Vaccination returns of the Province of Eastern Bengal and Assam - 1905-1912
Year: 1905
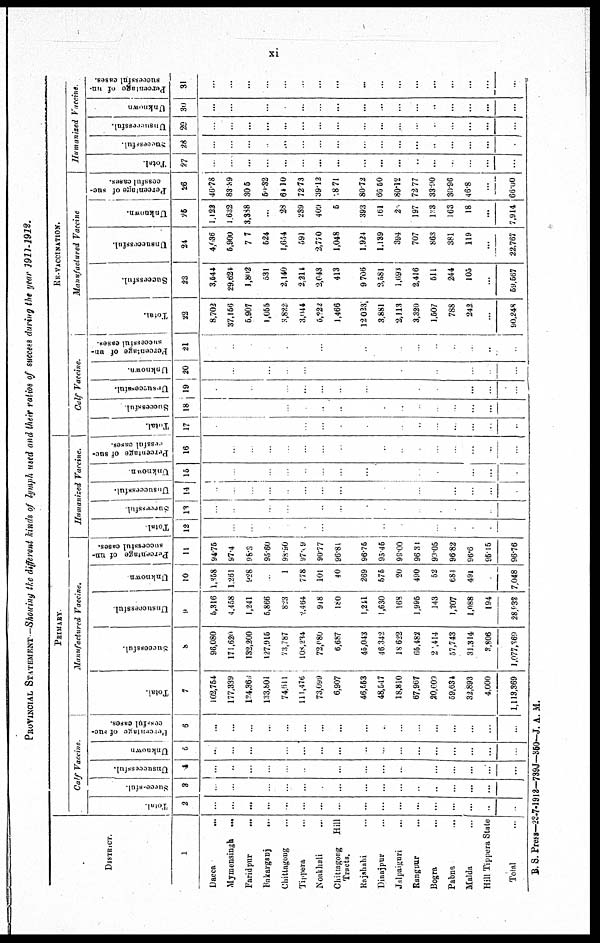
xi
PROVINCIAL STATEMENT—Showing the different kinds of lymph used and their ratios of success during the year 1911-1912.
DISTRICT.
1
Dacca
...
Mymensingh
...
Faridpur
...
Bakarganj
...
Chittagong ...
Tippera ...
Noakhali ...
Chittagong
Hill
Tracts.
Rajshahi ...
Dinajpur ...
Jalpaiguri ...
Rangpur ...
Bogra ...
Pabna ...
Malda ...
Hill Tippera State
Total ...
PRIMARY
Calf Vaccine
Total.
2
...
...
...
...
...
...
...
...
...
...
...
...
...
...
...
...
...
Successful.
3
..
...
...
...
...
...
...
...
...
...
...
...
...
...
...
...
...
Unsuccessful.
4
...
...
...
...
...
...
...
...
...
...
...
...
...
...
...
...
...
Unknown
5
...
...
...
...
...
...
...
...
...
...
...
...
...
...
...
...
...
Percentage of suc¬
cessful
cases.
6
...
...
...
...
...
...
...
...
...
...
...
...
...
...
...
...
...
Total.
7
102,754
177,339
l34,369
133,801
74,611
111,476
73,099
6,907
46,663
48,547
18,810
67,907
20,009
59,634
32,893
4,000
1,113,369
Manufactured
Vaccine.
Successful.
8
96,080
171,620
132,200
127,915
73,787
108,234
72,080
6,687
45,043
46,342
18,622
65,482
2 1,414
57,743
31,314
3,806
1,977,369
Unsuccessful.
9
5,316
4,458
1,241
5,866
823
2,464
918
180
1,241
1,630
168
1,995
143
1,207
1,088
194
28,933
Unknown
10
1,358
1,261
928
...
1
778
101
40
269
575
20
490
52
681
491
...
7,048
Percentage of un-
successful cases.
11
94.75
97.4
98.3
95.60
98.90
97.09
90.77
96.81
96.75
95.45
99.00
96.31
90.05
96.82
96.6
95.15
96.76
Humanized
Vaccine.
Total
12
...
...
...
...
...
...
...
...
...
...
...
...
...
...
...
...
...
Successful.
13
...
...
...
...
...
...
...
...
...
...
...
...
...
...
...
...
...
Unsuccessful.
14
...
...
...
...
...
...
...
...
...
...
...
...
...
...
...
...
...
Unknown
15
...
...
...
...
...
...
...
...
...
...
...
...
...
...
...
...
...
Percentage of suc-
cessful cases.
16
...
...
...
...
...
...
...
...
...
...
...
...
...
...
...
...
...
RE-VACCINATION.
Calf Vaccine.
Total.
17
...
...
...
...
...
...
...
...
...
...
...
...
...
...
...
...
...
Successful
18
...
...
...
...
...
...
...
...
...
...
...
...
...
...
...
...
...
Unsuccessful.
19
...
...
...
...
...
...
...
...
...
...
...
...
...
...
...
...
...
Unknown.
20
...
...
...
...
...
...
...
...
...
...
...
...
...
...
...
...
...
Percentage of un-
successful cases.
21
...
...
...
...
...
...
...
...
...
...
...
...
...
...
...
...
...
22
8,702
37,156
5,907
1,055
3,822
3,044
5,222
1,466
12023
3,881
2,113
3,320
1,507
788
242
...
90,248
Manufactured
Vaccine
Successful.
23
3,644
29,624
1,802
531
2,140
2,211
2,043
413
9,706
2,581
1,693
2,416
511
244
105
...
59,567
Unsuccessful.
24
4,636
5,900
707
524
1,654
591
2,770
1,048
1,924
1,139
394
707
863
381
119
...
22,767
Unknown.
25
1,122
1,632
3,388
...
28
239
409
5
393
161
20
197
183
163
18
...
7,914
Percent aye of suc¬
cessful cases.
26
46.78
83.39
30.5
60.32
64.10
72.73
39.12
18.71
80.72
66.50
80.12
72.77
33.90
30.96
46.8
...
66.00
Humanized
Vaccine.
Total.
27
...
...
...
...
...
...
...
...
...
...
...
...
...
...
...
...
...
Successful.
28
...
...
...
...
...
...
...
...
...
...
...
...
...
...
...
...
...
Unsuccessful.
29
...
...
...
...
...
...
...
...
...
...
...
...
...
...
...
...
...
Unknown
30
...
...
...
...
...
...
...
...
...
...
...
...
...
...
...
...
...
Percentage of un¬
successful cases.
31
...
...
...
...
...
...
...
...
...
...
...
...
...
...
...
...
...
B. S. Press—23-7-1912—739J—350-J. A. M.